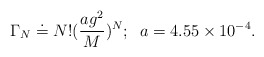
\begin{align*}\Gamma_N \doteq N!(\frac{ag^2}{M})^N;\;\;a=4.55 \times10^{-4}.\end{align*}